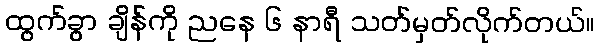
ထွက်ခွာ ချိန်ကို ညနေ ၆ နာရီ သတ်မှတ်လိုက်တယ်။